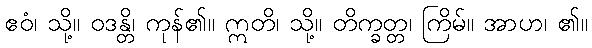
ဧဝံ၊ သို့။ ဝဒန္တိ၊ ကုန်၏။ ဣတိ၊ သို့။ တိက္ခတ္တ၊ ကြိမ်။ အာဟ၊ ၏။